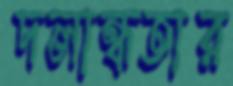
দলান্ধতার